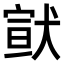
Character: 𤠊